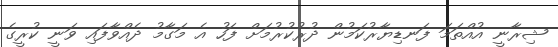
ޝިރާނީ އުއްތަމަ ފަނޑިޔާރުކަމުން ދުރުކުރުމަށް ފަހު އެ މަގާމު ދެއްވާފައި ވަނީ ކުރީގެ